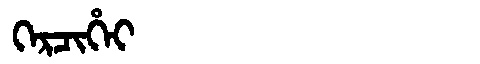
Manchu: ᡴᡝᡵᠴᡳᡥᡝᡳ
Romanization: KERCIHEI